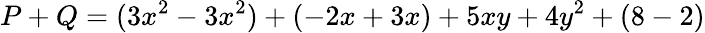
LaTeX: P+Q=(3x^{2}-3x^{2})+(-2x+3x)+5xy+4y^{2}+(8-2)